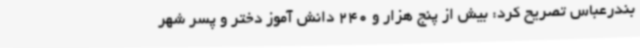
بندرعباس تصریح کرد: بیش از پنج هزار و 240 دانش آموز دختر و پسر شهر